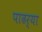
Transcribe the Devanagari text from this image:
पाढर्‍या